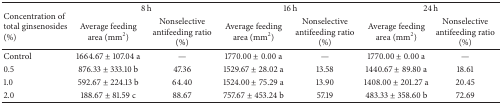
<table><thead><tr><td rowspan="2"><b>Concentration of total ginsenosides (%)</b></td><td colspan="2"><b>8 h</b></td><td colspan="2"><b>16 h</b></td><td colspan="2"><b>24 h</b></td></tr><tr><td><b>Average feeding area (mm<sup>2</sup>)</b></td><td><b>Nonselective antifeeding ratio (%)</b></td><td><b>Average feeding area (mm<sup>2</sup>)</b></td><td><b>Nonselective antifeeding ratio (%)</b></td><td><b>Average feeding area (mm<sup>2</sup>)</b></td><td><b>Nonselective antifeeding ratio (%)</b></td></tr></thead><tbody><tr><td>Control</td><td>1664.67 ± 107.04 a</td><td>—</td><td>1770.00 ± 0.00 a</td><td>—</td><td>1770.00 ± 0.00 a</td><td>—</td></tr><tr><td>0.5</td><td>876.33 ± 333.10 b</td><td>47.36</td><td>1529.67 ± 28.02 a</td><td>13.58</td><td>1440.67 ± 89.80 a</td><td>18.61</td></tr><tr><td>1.0</td><td>592.67 ± 224.13 b</td><td>64.40</td><td>1524.00 ± 75.29 a</td><td>13.90</td><td>1408.00 ± 201.27 a</td><td>20.45</td></tr><tr><td>2.0</td><td>188.67 ± 81.59 c</td><td>88.67</td><td>757.67 ± 453.24 b</td><td>57.19</td><td>483.33 ± 358.60 b</td><td>72.69</td></tr></tbody></table>